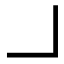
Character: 𠃎